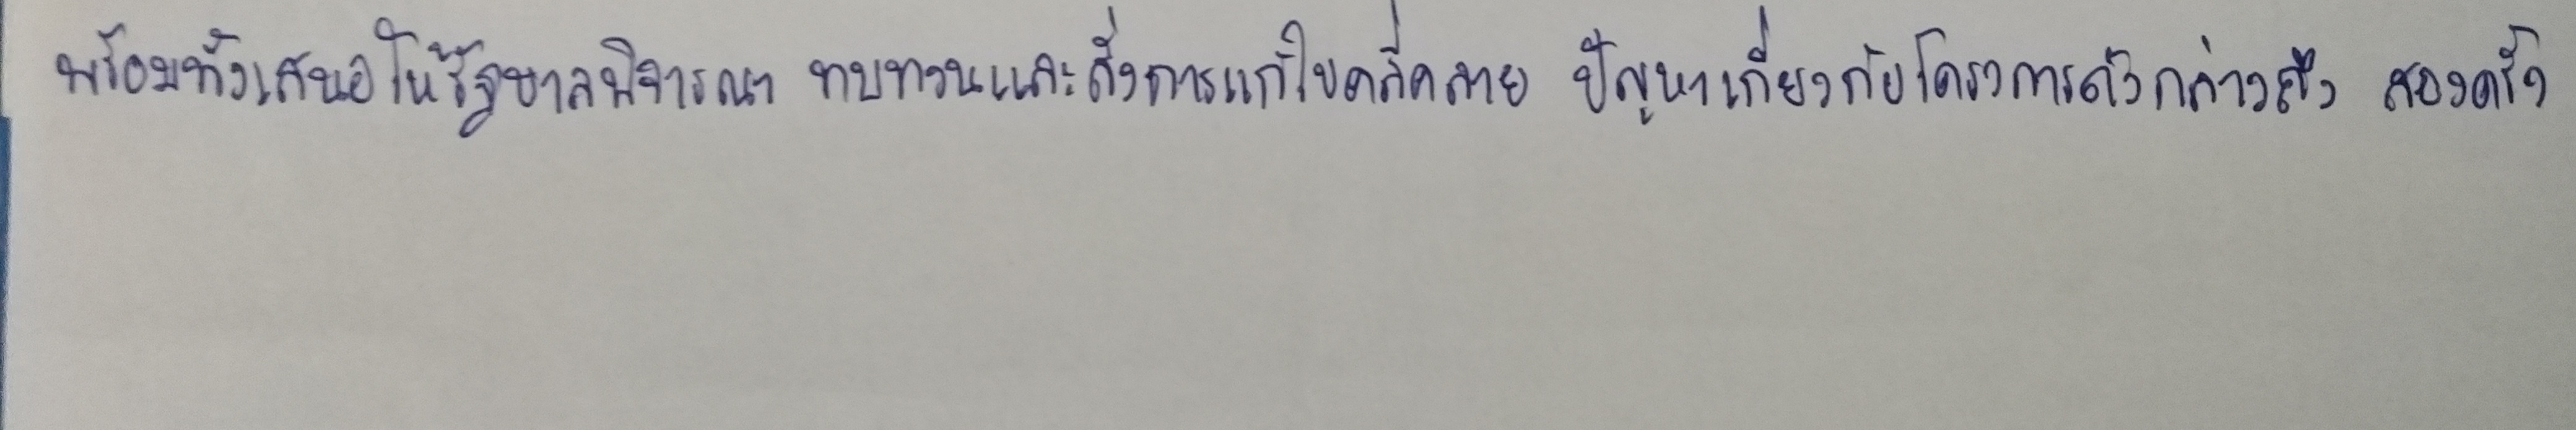
พร้อมทั้งเสนอให้รัฐบาลพิจารณาทบทวนและสั่งการแก้ไขคลี่คลายปัญหาเกี่ยวกับโครงการดังกล่าวถึงสองครั้ง